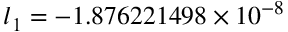
l _ { 1 } = - 1 . 8 7 6 2 2 1 4 9 8 \times 1 0 ^ { - 8 }